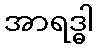
အာရဒ္ဓါ